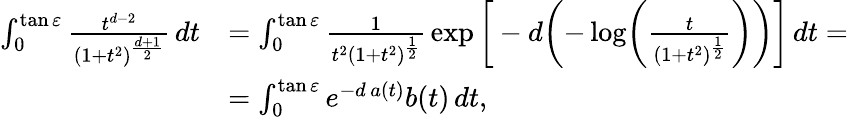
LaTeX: \begin{array}{rl}{\int_{0}^{\tan\varepsilon}\frac{t^{d-2}}{(1+t^{2})^{\frac{d+1}{2}}}\, dt}&{=\int_{0}^{\tan\varepsilon}\frac{1}{t^{2}(1+t^{2})^{\frac{1}{2}}}\, \exp\bigg[-d\biggl(-\log\biggl(\frac{t}{(1+t^{2})^{\frac{1}{2}}}\biggr)\biggr)\bigg]\, dt=}\\ &{=\int_{0}^{\tan\varepsilon}e^{-d\, a(t)}b(t)\, dt,}\end{array}